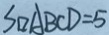
S _ { \Delta A B C D } = 5